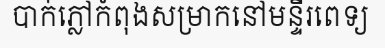
បាក់ភ្លៅកំពុងសម្រាកនៅមន្ទីរពេទ្យ